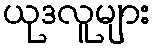
ယုဒလူများ